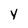
Character: y